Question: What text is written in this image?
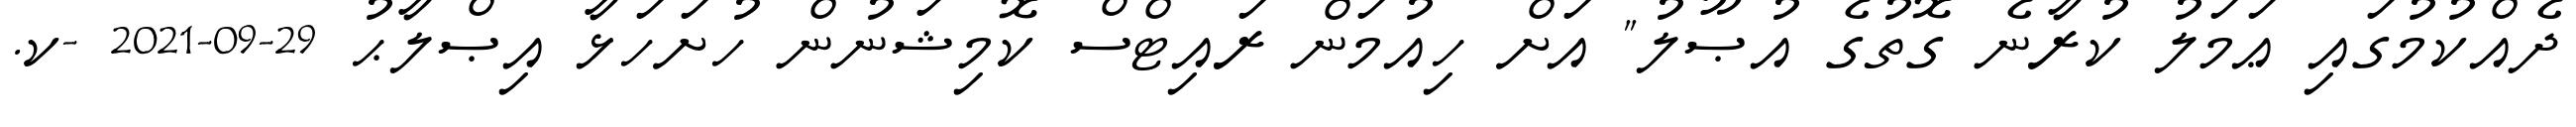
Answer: ދެއްކުމުގައި ޢަމަލު ކުރާނެ ގޮތުގެ އުޞޫލު" އަށް ހިއުމަން ރައިޓްސް ކޮމިޝަނުން ހުށަހަޅާ އިޞްލާޙު 29-09-2021 -ކ.